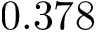
0 . 3 7 8